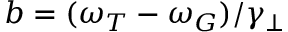
b = ( \omega _ { T } - \omega _ { G } ) / \gamma _ { \perp }